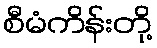
စီမံကိန်းတို့